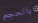
بالحجم